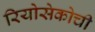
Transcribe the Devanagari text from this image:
रियोसेकोची